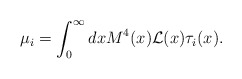
\begin{align*}\mu_i = \int_0^\infty dx M^4(x){\cal L}(x)\tau_i(x).\end{align*}